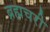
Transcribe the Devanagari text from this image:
ब्रह्मचरी